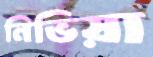
নিভিয়া